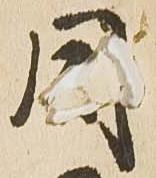
同